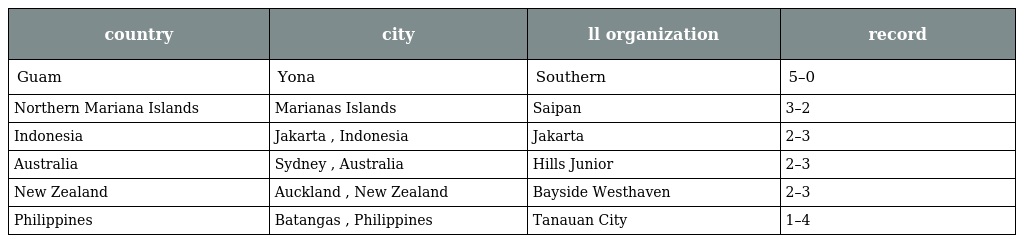
| country | city | ll organization | record |
 | --- | --- | --- | --- |
 | Guam | Yona | Southern | 5–0 |
 | Northern Mariana Islands | Marianas Islands | Saipan | 3–2 |
 | Indonesia | Jakarta , Indonesia | Jakarta | 2–3 |
 | Australia | Sydney , Australia | Hills Junior | 2–3 |
 | New Zealand | Auckland , New Zealand | Bayside Westhaven | 2–3 |
 | Philippines | Batangas , Philippines | Tanauan City | 1–4 |